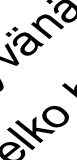
l k n